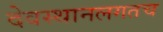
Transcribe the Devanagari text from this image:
देवस्थानलगतच